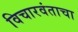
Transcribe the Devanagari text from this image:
विचारवंताचा